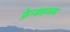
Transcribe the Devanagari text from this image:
फ्रेन्डसअफ